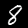
Label: 8